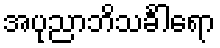
အပုညာဘိသင်္ခါရော